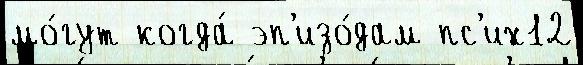
мо́гут когда́ эп'изо́дам пс'их12